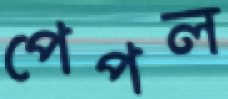
পেপল